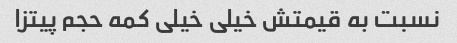
نسبت به قیمتش خیلی خیلی کمه حجم پیتزا